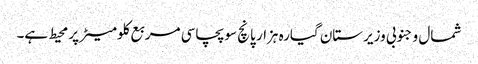
شمال و جنوبی وزیرستان گیارہ ہزار پانچ سو پچاسی مربع کلومیٹر پر محیط ہے۔